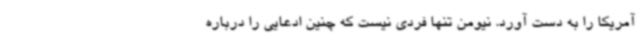
آمریکا را به دست آورد. نیومن تنها فردی نیست که چنین ادعایی را درباره